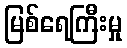
မြစ်ရေကြီးမှု